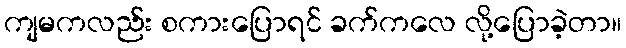
ကျမကလည်း စကားပြောရင် ခက်ကလေ လို့ပြောခဲ့တာ။